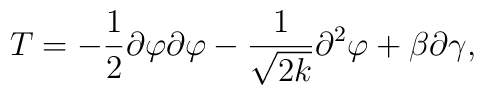
T=-\frac{1}{2}\partial \varphi \partial \varphi -\frac{1}{\sqrt{2k}}\partial^2\varphi +\beta\partial \gamma,